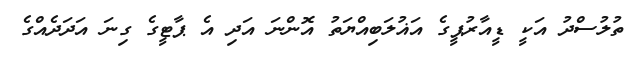
ތުލުސްދު އަކީ ޑީއާރުޕީގެ އަޣުލަބިއްޔަތު އޮންނަ އަދި އެ ޕާޓީގެ ގިނަ އަދަދެއްގެ